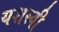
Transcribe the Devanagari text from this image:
यशस्‍वी